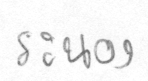
ระนอง